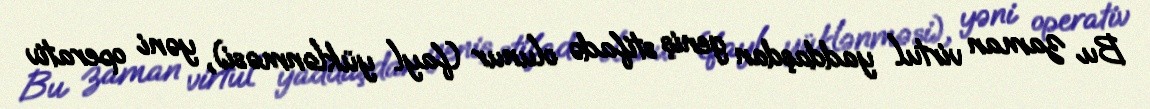
Bu zaman virtul yaddaşdan geniş stifadə olunur (fayl yüklənməsi), yəni operativ